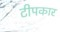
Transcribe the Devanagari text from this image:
टीपकार